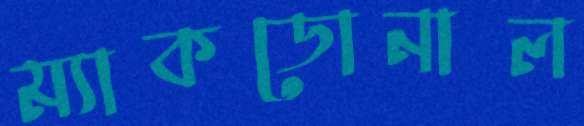
ম্যাকডোনাল